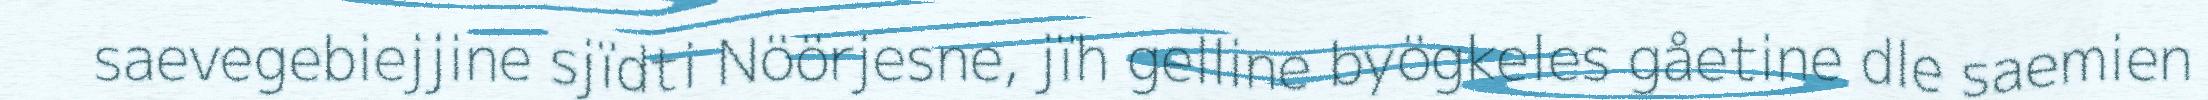
saevegebiejjine sjïdti Nöörjesne, jïh gelline byögkeles gåetine dle saemien